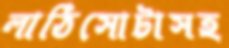
লাঠিসোটাসহ